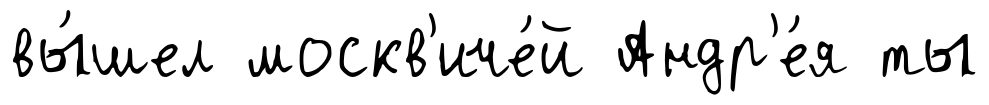
вы́шел москв'иче́й Андр'е́я ты